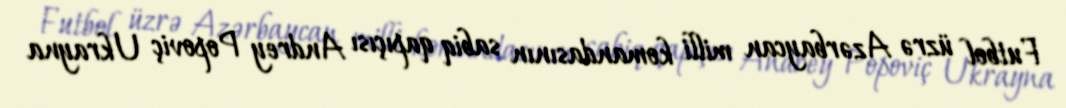
Futbol üzrə Azərbaycan milli komandasının sabiq qapıçısı Andrey Popoviç Ukrayna